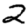
Digit: 2